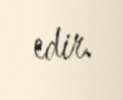
edir.